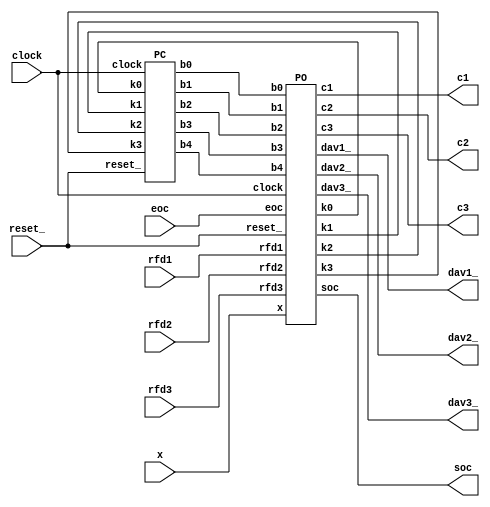
module ABC (
    clock, reset_,
    soc, eoc, x,
    rfd1, dav1_, c1,
    rfd2, dav2_, c2,
    rfd3, dav3_, c3
);
    input clock, reset_;

    output soc;
    input eoc;
    input[7:0] x;

    input rfd1, rfd2, rfd3;
    output dav1_, dav2_, dav3_;
    output[2:0] c1, c2, c3;


    wire b0, b1, b2, b3, b4;
    wire k0, k1, k2, k3;

    PO po (
        .clock(clock), .reset_(reset_),
        .soc(soc), .eoc(eoc), .x(x),
        .rfd1(rfd1), .dav1_(dav1_), .c1(c1),
        .rfd2(rfd2), .dav2_(dav2_), .c2(c2),
        .rfd3(rfd3), .dav3_(dav3_), .c3(c3),
        .b0(b0), .b1(b1), .b2(b2), .b3(b3), .b4(b4),
        .k0(k0), .k1(k1), .k2(k2), .k3(k3)
    );

    PC pc (
        .clock(clock), .reset_(reset_),
        .b0(b0), .b1(b1), .b2(b2), .b3(b3), .b4(b4),
        .k0(k0), .k1(k1), .k2(k2), .k3(k3)
    );
    
    
endmodule

module PO (
    clock, reset_,
    soc, eoc, x,
    rfd1, dav1_, c1,
    rfd2, dav2_, c2,
    rfd3, dav3_, c3,

    b0, b1, b2, b3, b4,
    k0, k1, k2, k3
);
    input clock, reset_;

    output soc;
    input eoc;
    input[7:0] x;

    input rfd1, rfd2, rfd3;
    output dav1_, dav2_, dav3_;
    output[2:0] c1, c2, c3;

    input b0, b1, b2, b3, b4;
    output k0, k1, k2, k3;

    reg SOC; 
    assign soc = SOC;

    reg DAV_; 
    assign dav1_ = DAV_;
    assign dav2_ = DAV_;
    assign dav3_ = DAV_;

    reg[2:0] OUT;
    assign c1 = OUT;
    assign c2 = OUT;
    assign c3 = OUT;

    reg[7:0] X;
    
    assign k0 = eoc;
    assign k1 = ~|(X);
    assign k2 = ~|({rfd1, rfd2, rfd3});
    assign k3 = &({rfd1, rfd2, rfd3});

    always @(reset_ == 0) #1 SOC <= 0;
    always @(posedge clock) if (reset_ == 1) #3
    casex ({b1, b0})
        2'b01: SOC <= 1;
        2'b10: SOC <= 0;
        default: SOC <= SOC;
    endcase

    always @(reset_ == 0) #1 DAV_ <= 1;
    always @(posedge clock) if (reset_ == 1) #3
    casex ({b4, b3})
        2'b01: DAV_ <= 0;
        2'b10: DAV_ <= 1;
        default: DAV_ <= DAV_;
    endcase

    always @(reset_ == 0) #1 OUT <= 0;
    always @(posedge clock) if (reset_ == 1) #3
    casex ({b2, b1})
        2'b01: OUT <= 0;
        2'b10: OUT <= OUT + X[0];
        default: OUT <= OUT;
    endcase

    always @(posedge clock) if (reset_ == 1) #3
    casex ({b2, b1})
        2'b01: X <= x;
        2'b10: X <= {2'b00, X[7:2]};
        default: X <= X;
    endcase    
    
endmodule

module PC (
    clock, reset_,
    b0, b1, b2, b3, b4,
    k0, k1, k2, k3
);
    input clock, reset_;
    output b0, b1, b2, b3, b4;
    input k0, k1, k2, k3;

    reg [2:0] STAR;
    localparam S0 = 0, S1 = 1, S2 = 2, S3 = 3, S4 = 4;

    assign b0 = ~STAR[0] & ~|(STAR[2:1]);//assign b0 = (STAR == S0) ? 1 : 0;
    assign b1 = STAR[0] & ~|(STAR[2:1]);//assign b1 = (STAR == S1) ? 1 : 0;
    assign b2 = ~STAR[2] & STAR[1] & ~STAR[0];//assign b2 = (STAR == S2) ? 1 : 0;
    assign b3 = ~STAR[2] & &(STAR[1:0]);//assign b3 = (STAR == S3) ? 1 : 0;
    assign b4 = STAR[2] & ~|(STAR[1:0]);//assign b4 = (STAR == S4) ? 1 : 0;
    

    always @(reset_ == 0) #1 STAR <= S0;
    always @(posedge clock) if (reset_ == 1) #3
    casex (STAR)
        S0: STAR <= (k0 == 1) ? S0 : S1;
        S1: STAR <= (k0 == 1) ? S2 : S1;
        S2: STAR <= (k1 == 1) ? S3 : S2;
        S3: STAR <= (k2 == 1) ? S4 : S3;
        S4: STAR <= (k3 == 1) ? S0 : S4;
    endcase
    
endmodule